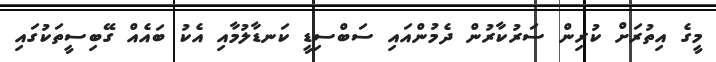
މީގެ އިތުރަށް ކުރިން ސަރުކާރުން ދެމުންއައި ސަބްސިޑީ ކަނޑާލުމާއި އެކު ބައެއް ގޭބިސީތަކުގައި